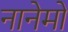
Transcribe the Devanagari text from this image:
नानेमो